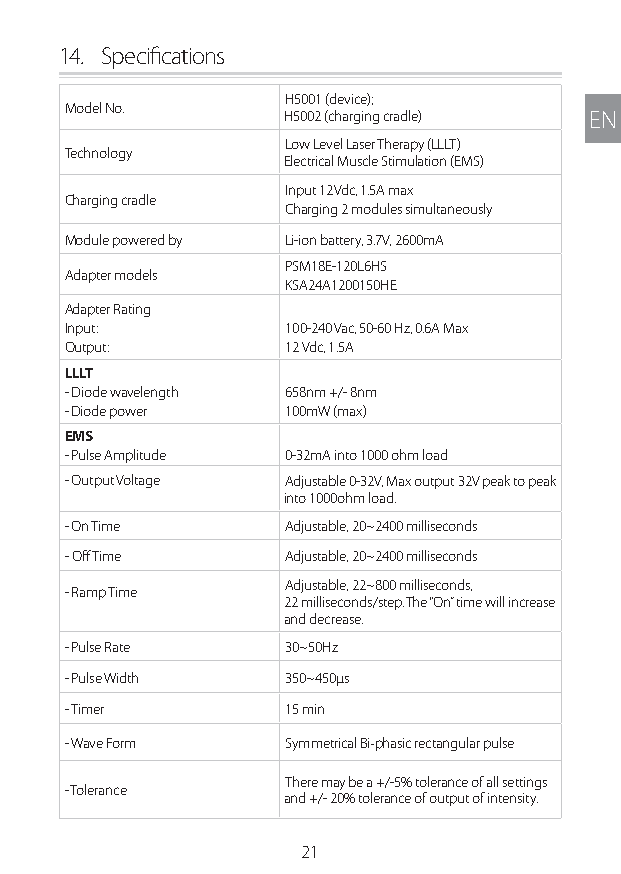
14. Specifications
 H5001 (device);
 Model No.
 H5002 (charging cradle) EN
 Low Level Laser Therapy (LLLT)
 Technology
 Electrical Muscle Stimulation (EMS)
 Input 12Vdc, 1.5A max
 Charging cradle
 Charging 2 modules simultaneously
 Module powered by Li-ion battery, 3.7V, 2600mA
 PSM18E-120L6HS
 Adapter models
 KSA24A1200150HE
 Adapter Rating
 Input:         100-240 Vac, 50-60 Hz, 0.6A Max
 Output:        12 Vdc, 1.5A
 LLLT
 - Diode wavelength 658nm +/- 8nm
 - Diode power  100mW (max)
 EMS
 - Pulse Amplitude 0-32mA into 1000 ohm load
 - Output Voltage Adjustable 0-32V, Max output 32V peak to peak
 into 1000ohm load.
 - On Time      Adjustable, 20~2400 milliseconds
 - Off Time     Adjustable, 20~2400 milliseconds
 Adjustable, 22~800 milliseconds,
 - Ramp Time
 22 milliseconds/step. The “On” time will increase
 and decrease.
 - Pulse Rate   30~50Hz
 - Pulse Width  350~450µs
 - Timer        15 min
 - Wave Form    Symmetrical Bi‐phasic rectangular pulse
 There may be a +/-5% tolerance of all settings
 - Tolerance
 and +/- 20% tolerance of output of intensity.
 21
 Lipo UM EU124 3545B inside ALL EU124 ED296-24 release.indd 21 14/08/2018 10:57:33